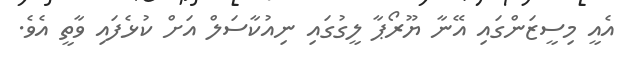
އެއީ މިސީޒަންގައި އޭނާ ޔޫރޯޕާ ލީގުގައި ނިއުކާސަލް އަށް ކުޅެފައި ވާތީ އެވެ.